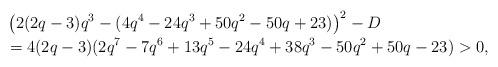
LaTeX: \begin{align*}& \left(2(2q-3)q^3-(4q^4-24q^3+50q^2-50q+23)\right)^2-D \\&=4(2q-3)(2q^7-7q^6+13q^5-24q^4+38q^3-50q^2+50q-23)>0,\end{align*}